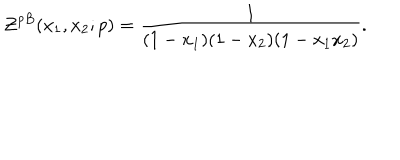
{ \cal Z } ^ { p B } ( x _ { 1 } , x _ { 2 } ; p ) = \frac { 1 } { ( 1 - x _ { 1 } ) ( 1 - x _ { 2 } ) ( 1 - x _ { 1 } x _ { 2 } ) } .